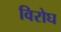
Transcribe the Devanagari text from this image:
विरोघ